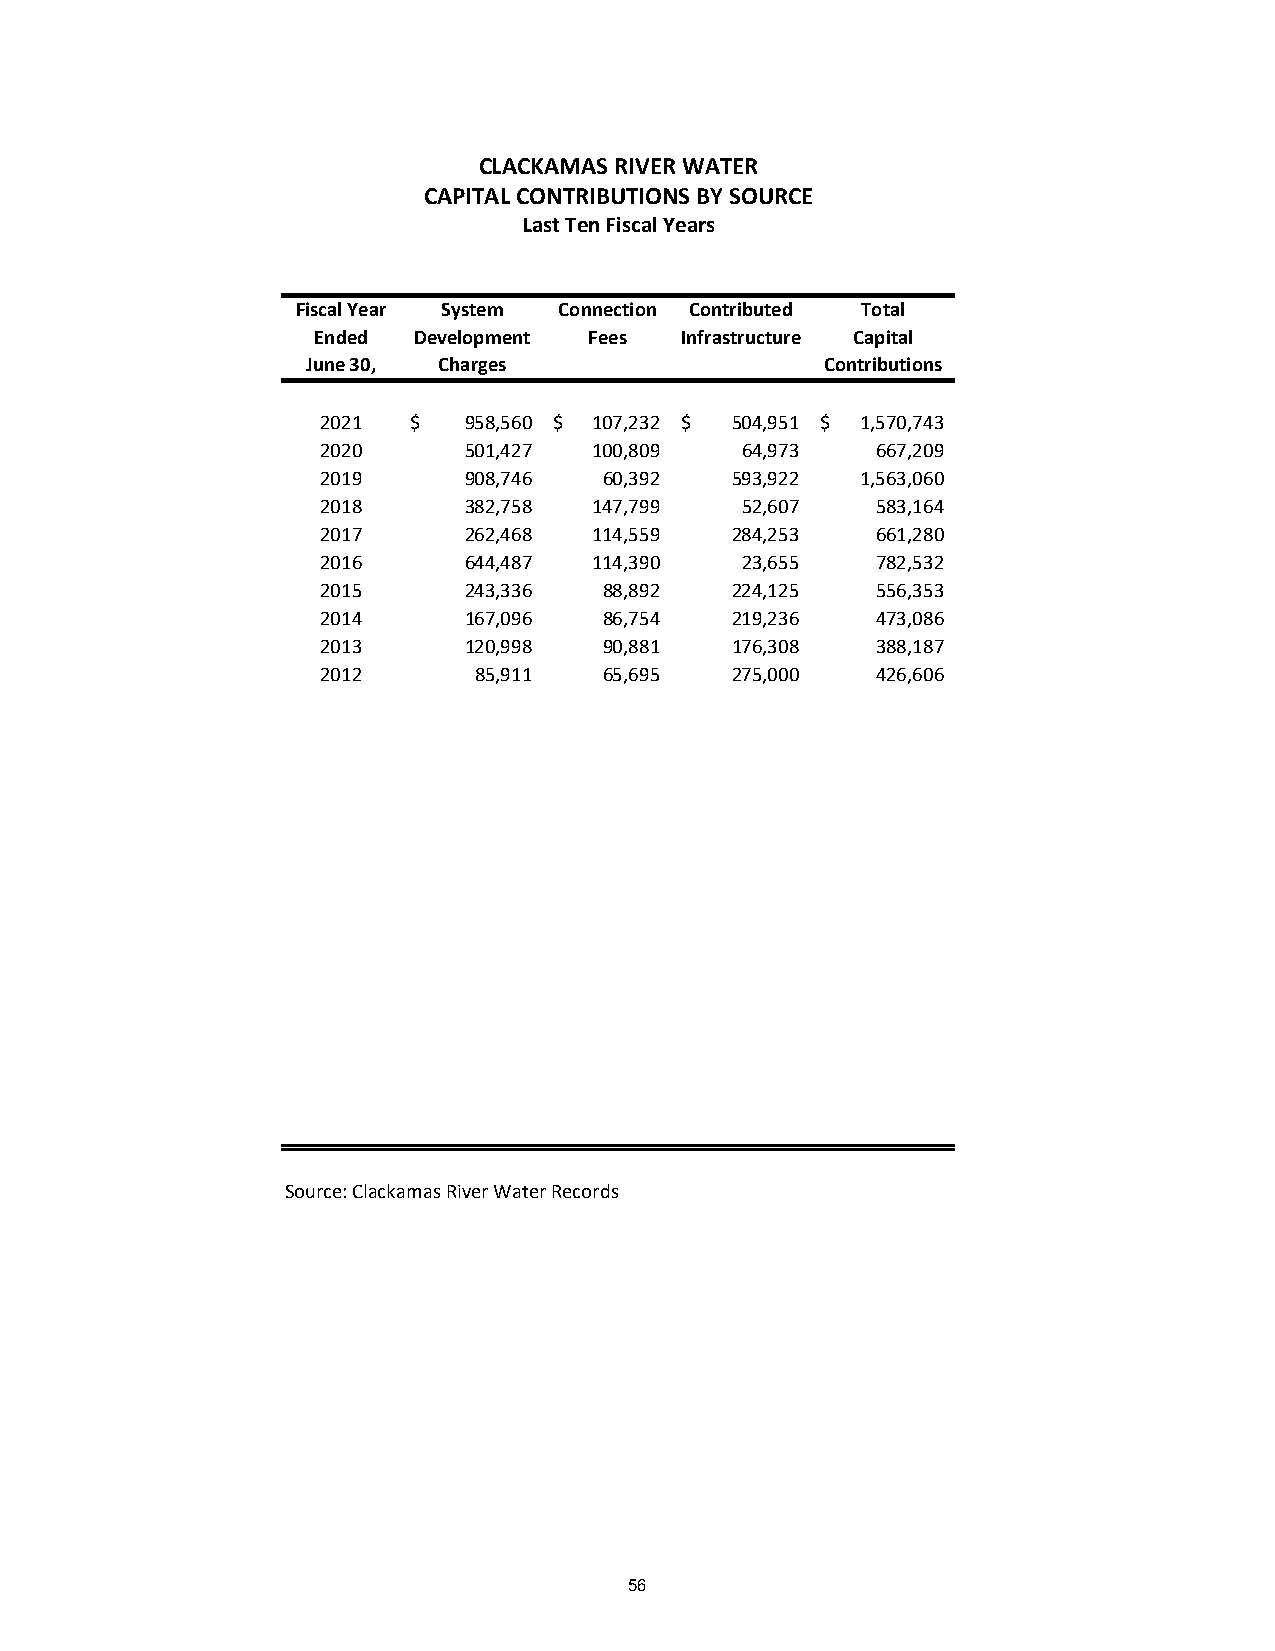
CLACKAMAS RIVER WATER
 CAPITAL CONTRIBUTIONS BY SOURCE
 Last Ten Fiscal Years
 Fiscal Year System Connection Contributed Total
 Ended Development Fees  Infrastructure Capital
 June 30, Charges                   Contributions
 2021  $   958,560 $ 107,232 $ 504,951 $ 1,570,743
 2020      501,427 100,809   6 4,973  6 67,209
 2019      908,746  60,392  593,922  1,563,060
 2018      382,758 147,799   5 2,607  5 83,164
 2017      262,468 114,559  284,253   6 61,280
 2016      644,487 114,390   2 3,655  7 82,532
 2015      243,336  88,892  224,125   5 56,353
 2014      167,096  86,754  219,236   4 73,086
 2013      120,998  90,881  176,308   3 88,187
 2012      85,911   65,695  275,000   4 26,606
 Source: Clackamas River Water Records
 56